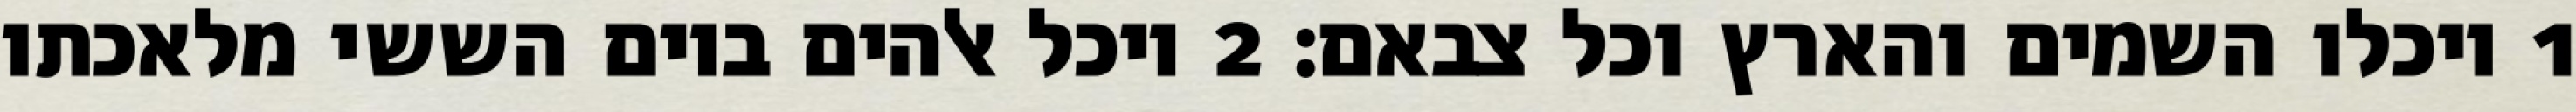
1 ויכלו השמים והארץ וכל צבאם׃ ‎2‏ ויכל אלהים ביום הששי מלאכתו